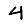
Digit: 4